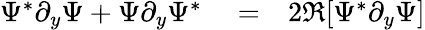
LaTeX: \begin{array}{rlr}{\Psi^{*}\partial_{y}\Psi+\Psi\partial_{y}\Psi^{*}}&{{}=}&{2\Re[\Psi^{*}\partial_{y}\Psi]}\end{array}